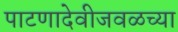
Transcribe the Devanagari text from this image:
पाटणादेवीजवळच्या